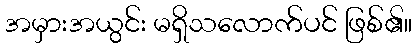
အမှားအယွင်း မရှိသလောက်ပင် ဖြစ်၏။